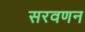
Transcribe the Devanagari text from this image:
सरवणन